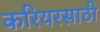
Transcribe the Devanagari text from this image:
करियरसाठी